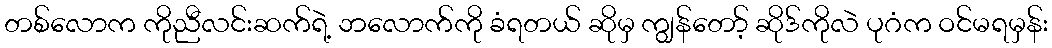
တစ်လောက ကိုညီလင်းဆက်ရဲ့ ဘလောက်ကို ခံရတယ် ဆိုမှ ကျွန်တော့် ဆိုဒ်ကိုလဲ ပုဂံက ဝင်မရမှန်း